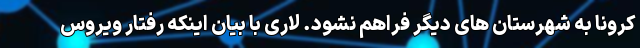
کرونا به شهرستان های دیگر فراهم نشود. لاری با بیان اینکه رفتار ویروس